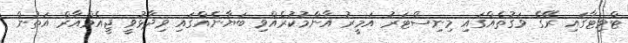
ޓްވިޓާގައި ރޭގެ ވަގުތެއްގައި މިނިސްޓަރު އަމީރު އާންމުކުރެއްވި ބަޔާނެއްގައި ވިދާޅުވީ ޖީއެމްއާރް އަތުން